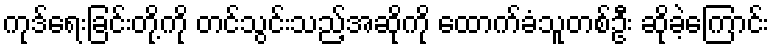
ကုဒ်ရေးခြင်းတို့ကို တင်သွင်းသည့်အဆိုကို ထောက်ခံသူတစ်ဦး ဆိုခဲ့ကြောင်း